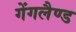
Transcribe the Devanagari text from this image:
गेंगलैण्ड